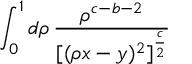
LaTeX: \int _ { 0 } ^ { 1 } d \rho \, \frac { \rho ^ { c - b - 2 } } { [ ( \rho x - y ) ^ { 2 } ] ^ { \frac { c } { 2 } } }